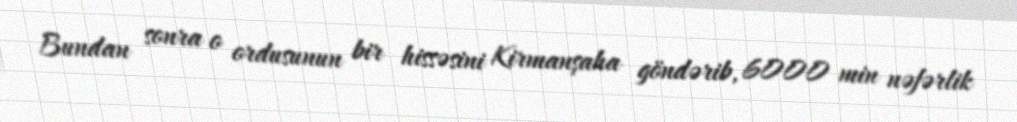
Bundan sonra o ordusunun bir hissəsini Kirmanşaha göndərib, 6000 min nəfərlik